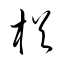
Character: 楢